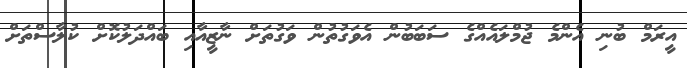
އީރަމް ބުނި އެންމެ ޖުމްލައެއްގެ ސަބަބުން އެވަގުތުން ވަގުތަށް ނާޒީއާއި ބައްދަލުކޮށް ކުލާސްތަށް